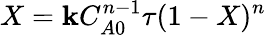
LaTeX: X=\mathbf{k}C_{A0}^{n-1}\tau(1-X)^{n}